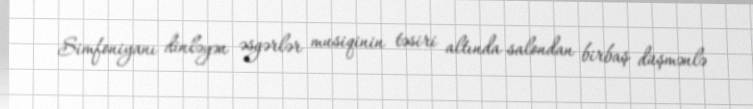
Simfoniyanı dinləyən əsgərlər musiqinin təsiri altında salondan birbaş düşmənlə